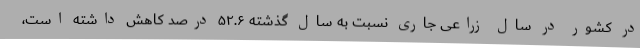
در کشور در سال زراعی جاری نسبت به سال گذشته ۵۲.۶ درصد کاهش داشته است،